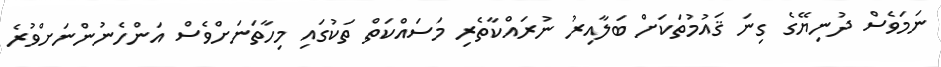
ނަމަވެސް ދުނިޔޭގެ ގިނަ ޤައުމުތަކަށް ބަލާއިރު ނުރައްކާތެރި މަސައްކަތް ތަކުގައި މިހާތަނަށްވެސް އަންހެނުންނަށްވުރެ